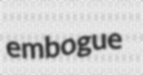
embogue